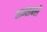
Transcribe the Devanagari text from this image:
शम्सबरी